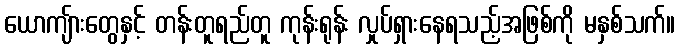
ယောကျ်ားတွေနှင့် တန်းတူရည်တူ ကုန်းရုန်း လှုပ်ရှားနေရသည့်အဖြစ်ကို မနှစ်သက်။